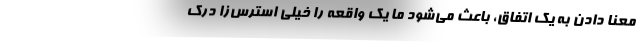
معنا دادن به یک اتفاق، باعث می‌شود ما یک واقعه را خیلی استرس‌زا درک